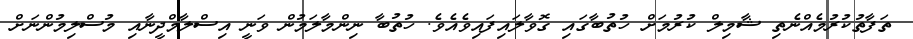
ތަފާތުކުރުމެއްނެތި ޝާމިލް ކުރުމަށް ހުތުބާގައި ގޮވާލައިފައިވެއެވެ. ހުތުބާ ނިންމާލަމުން ވަނީ އިސްލާމްދީނާއި މުސްލިމުންނަށް